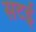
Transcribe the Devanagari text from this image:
सटई